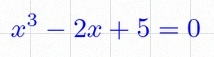
x^3-2x+5=0